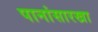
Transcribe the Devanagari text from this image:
पानांसारखा